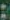
: